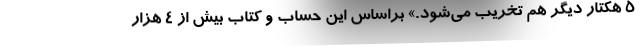
۵ هکتار دیگر هم تخریب می‌شود.» براساس این حساب و کتاب بیش از ۴ هزار